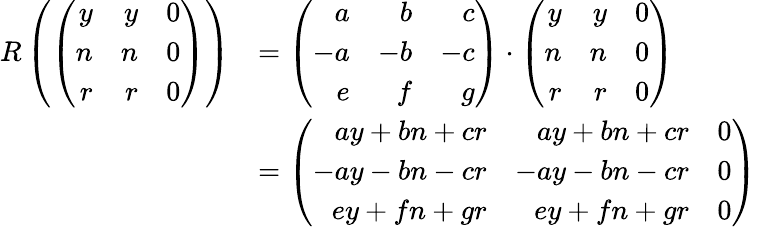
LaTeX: \begin{array}{rl}{R\left(\left(\begin{array}{rrr}{y}&{y}&{0}\\ {n}&{n}&{0}\\ {r}&{r}&{0}\end{array}\right)\right)}&{=\left(\begin{array}{rrr}{a}&{b}&{c}\\ {-a}&{-b}&{-c}\\ {e}&{f}&{g}\end{array}\right)\cdot\left(\begin{array}{rrr}{y}&{y}&{0}\\ {n}&{n}&{0}\\ {r}&{r}&{0}\end{array}\right)}\\ &{=\left(\begin{array}{rrr}{ay+bn+cr}&{ay+bn+cr}&{0}\\ {-ay-bn-cr}&{-ay-bn-cr}&{0}\\ {ey+fn+gr}&{ey+fn+gr}&{0}\end{array}\right)}\end{array}